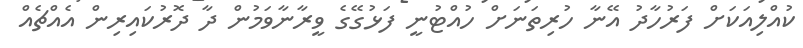
ކުއްލިއަކަށް ފަރުހާދު އޭނާ ހުރިތަނަށް ހުއްޓުނީ ފަޅުގޭގެ ވީރާނާވަމުން ދާ ދޮރުކައިރިން އެއްޗެއް